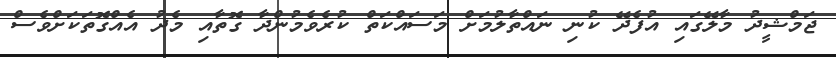
ޖަމްޝީދު މާލޭގައި އުފެދޭ ކުނި ނައްތާލުމަށް މަސައްކަތް ކުރެވެމުންދާ ގޮތާއި މެދު އެއްގޮތަކަށްވެސް